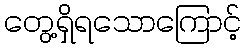
တွေ့ရှိရသောကြောင့်